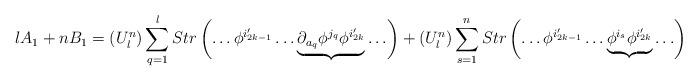
LaTeX: \begin{align*}lA_1+nB_1=(U^n_l)\sum_{q=1}^{l} Str\left(\ldots \phi^{i_{2k-1}'}\ldots \underbrace{\partial_{a_q}\phi^{j_q}\phi^{i_{2k}'}}\ldots \right)+(U^n_l)\sum_{s=1}^{n} Str\left(\ldots \phi^{i_{2k-1}'}\ldots \underbrace{\phi^{i_s}\phi^{i_{2k}'}}\ldots \right)\end{align*}